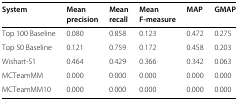
<table><thead><tr><td><b>System</b></td><td><b>Mean</b></td><td><b>Mean</b></td><td><b>Mean</b></td><td><b>MAP</b></td><td><b>GMAP</b></td></tr><tr><td></td><td><b>precision</b></td><td><b>recall</b></td><td><b>F-measure</b></td><td></td><td></td></tr></thead><tbody><tr><td>Top 100 Baseline</td><td>0.080</td><td>0.858</td><td>0.123</td><td>0.472</td><td>0.275</td></tr><tr><td>Top 50 Baseline</td><td>0.121</td><td>0.759</td><td>0.172</td><td>0.458</td><td>0.203</td></tr><tr><td>Wishart-S1</td><td>0.464</td><td>0.429</td><td>0.366</td><td>0.342</td><td>0.063</td></tr><tr><td>MCTeamMM</td><td>0.000</td><td>0.000</td><td>0.000</td><td>0.000</td><td>0.000</td></tr><tr><td>MCTeamMM10</td><td>0.000</td><td>0.000</td><td>0.000</td><td>0.000</td><td>0.000</td></tr></tbody></table>